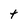
Character: t